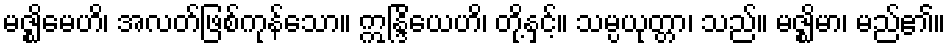
မဇ္ဈိမေဟိ၊ အလတ်ဖြစ်ကုန်သော။ ဣန္ဒြိယေဟိ၊ တို့နှင့်။ သမ္ပယုတ္တာ၊ သည်။ မဇ္ဈိမာ၊ မည်၏။